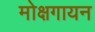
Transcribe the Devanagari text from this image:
मोक्षगायन